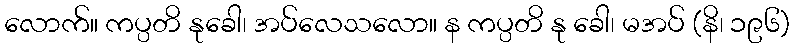
လောက်။ ကပ္ပတိ နုခေါ၊ အပ်လေသလော။ န ကပ္ပတိ နု ခေါ၊ မအပ် (နိ၊ ၁၉၆)